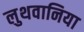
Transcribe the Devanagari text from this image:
लुथवानिया